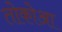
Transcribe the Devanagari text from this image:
तोकोआ